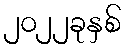
၂၀၂၂ခုနှစ်